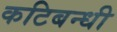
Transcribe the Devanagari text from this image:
कटिबन्धी